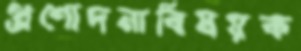
প্রণোদনাবিষয়ক